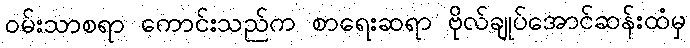
ဝမ်းသာစရာ ကောင်းသည်က စာရေးဆရာ ဗိုလ်ချုပ်အောင်ဆန်းထံမှ